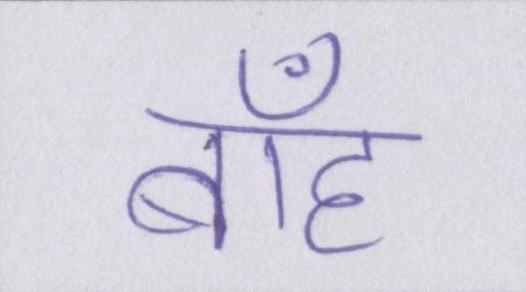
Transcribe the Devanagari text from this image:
बाँह